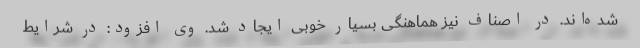
شده‌اند. در اصناف نیز هماهنگی بسیار خوبی ایجاد شد. وی افزود: در شرایط